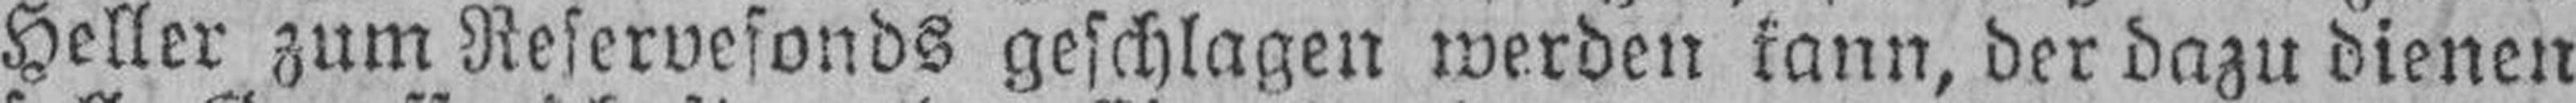
Heller zum Reservefonds geschlagen werden kann, der dazu dienen